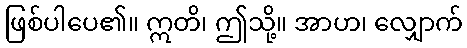
ဖြစ်ပါပေ၏။ ဣတိ၊ ဤသို့။ အာဟ၊ လျှောက်